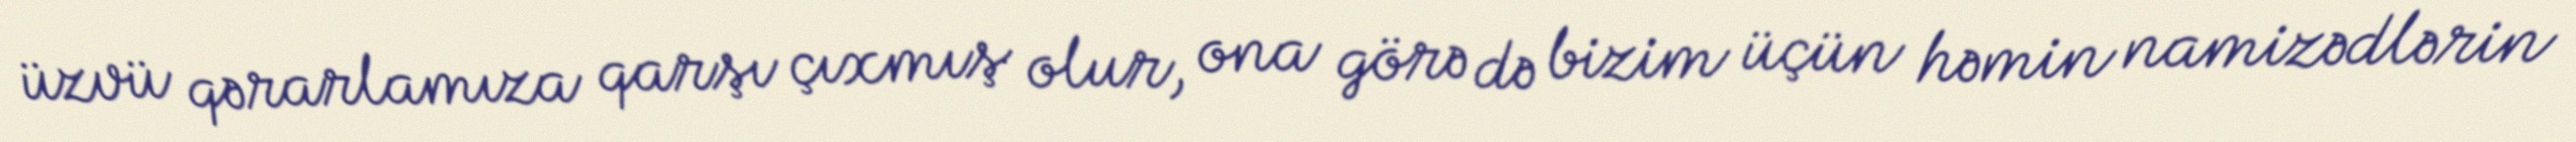
üzvü qərarlamıza qarşı çıxmış olur, ona görə də bizim üçün həmin namizədlərin